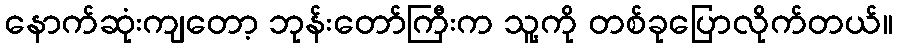
နောက်ဆုံးကျတော့ ဘုန်းတော်ကြီးက သူ့ကို တစ်ခုပြောလိုက်တယ်။